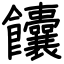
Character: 饢